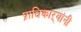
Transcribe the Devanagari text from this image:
प्राधिकाऱ्यांनी